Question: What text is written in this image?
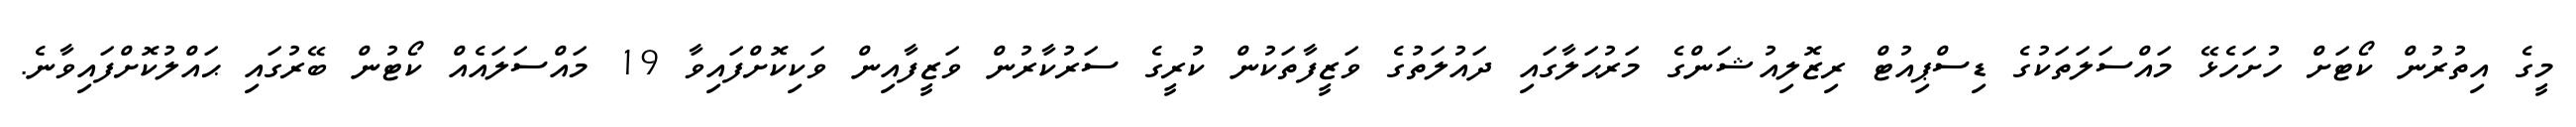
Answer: މީގެ އިތުރުން ކޯޓަށް ހުށަހެޅޭ މައްސަލަތަކުގެ ޑިސްޕިއުޓް ރިޒޮލިއުޝަންގެ މަރުޙަލާގައި ދައުލަތުގެ ވަޒީފާތަކުން ކުރީގެ ސަރުކާރުން ވަޒީފާއިން ވަކިކޮށްފައިވާ 19 މައްސަލައެއް ކޯޓުން ބޭރުގައި ޙައްލުކޮށްފައިވާނެ.